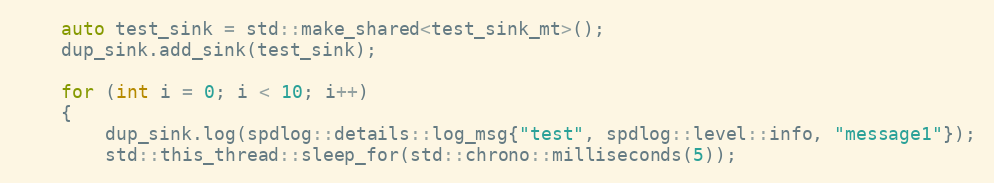
Language: C++
    auto test_sink = std::make_shared<test_sink_mt>();
    dup_sink.add_sink(test_sink);

    for (int i = 0; i < 10; i++)
    {
        dup_sink.log(spdlog::details::log_msg{"test", spdlog::level::info, "message1"});
        std::this_thread::sleep_for(std::chrono::milliseconds(5));